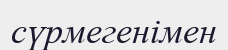
сүрмегенімен